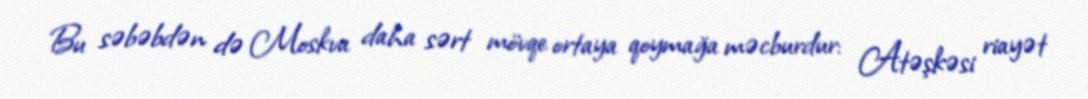
Bu səbəbdən də Moskva daha sərt mövqe ortaya qoymağa məcburdur: Atəşkəsi riayət